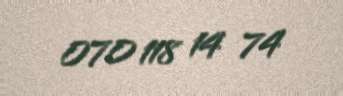
070 118 14 74